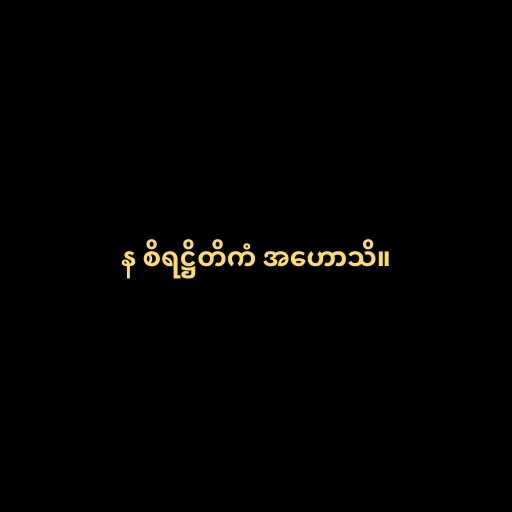
န စိရဋ္ဌိတိကံ အဟောသိ။